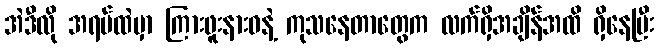
အဲဒီလို အရပ်ထဲမှာ ကြားဖူးနားဝနဲ့ ကုသနေတာတွေက လက်ရှိအချိန်အထိ ရှိနေပြီး